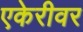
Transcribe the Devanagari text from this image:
एकेरीवर